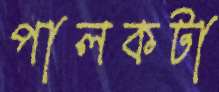
পালকটা